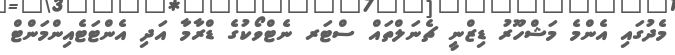
މެދުގައި އެންމެ މަޝްހޫރު ޑިޒްނީ ޗެނަލްތައް ސްޓަރ ނެޓްވޯކުގެ ޑްރާމާ އަދި އެންޓަޓެއިންމަންޓް